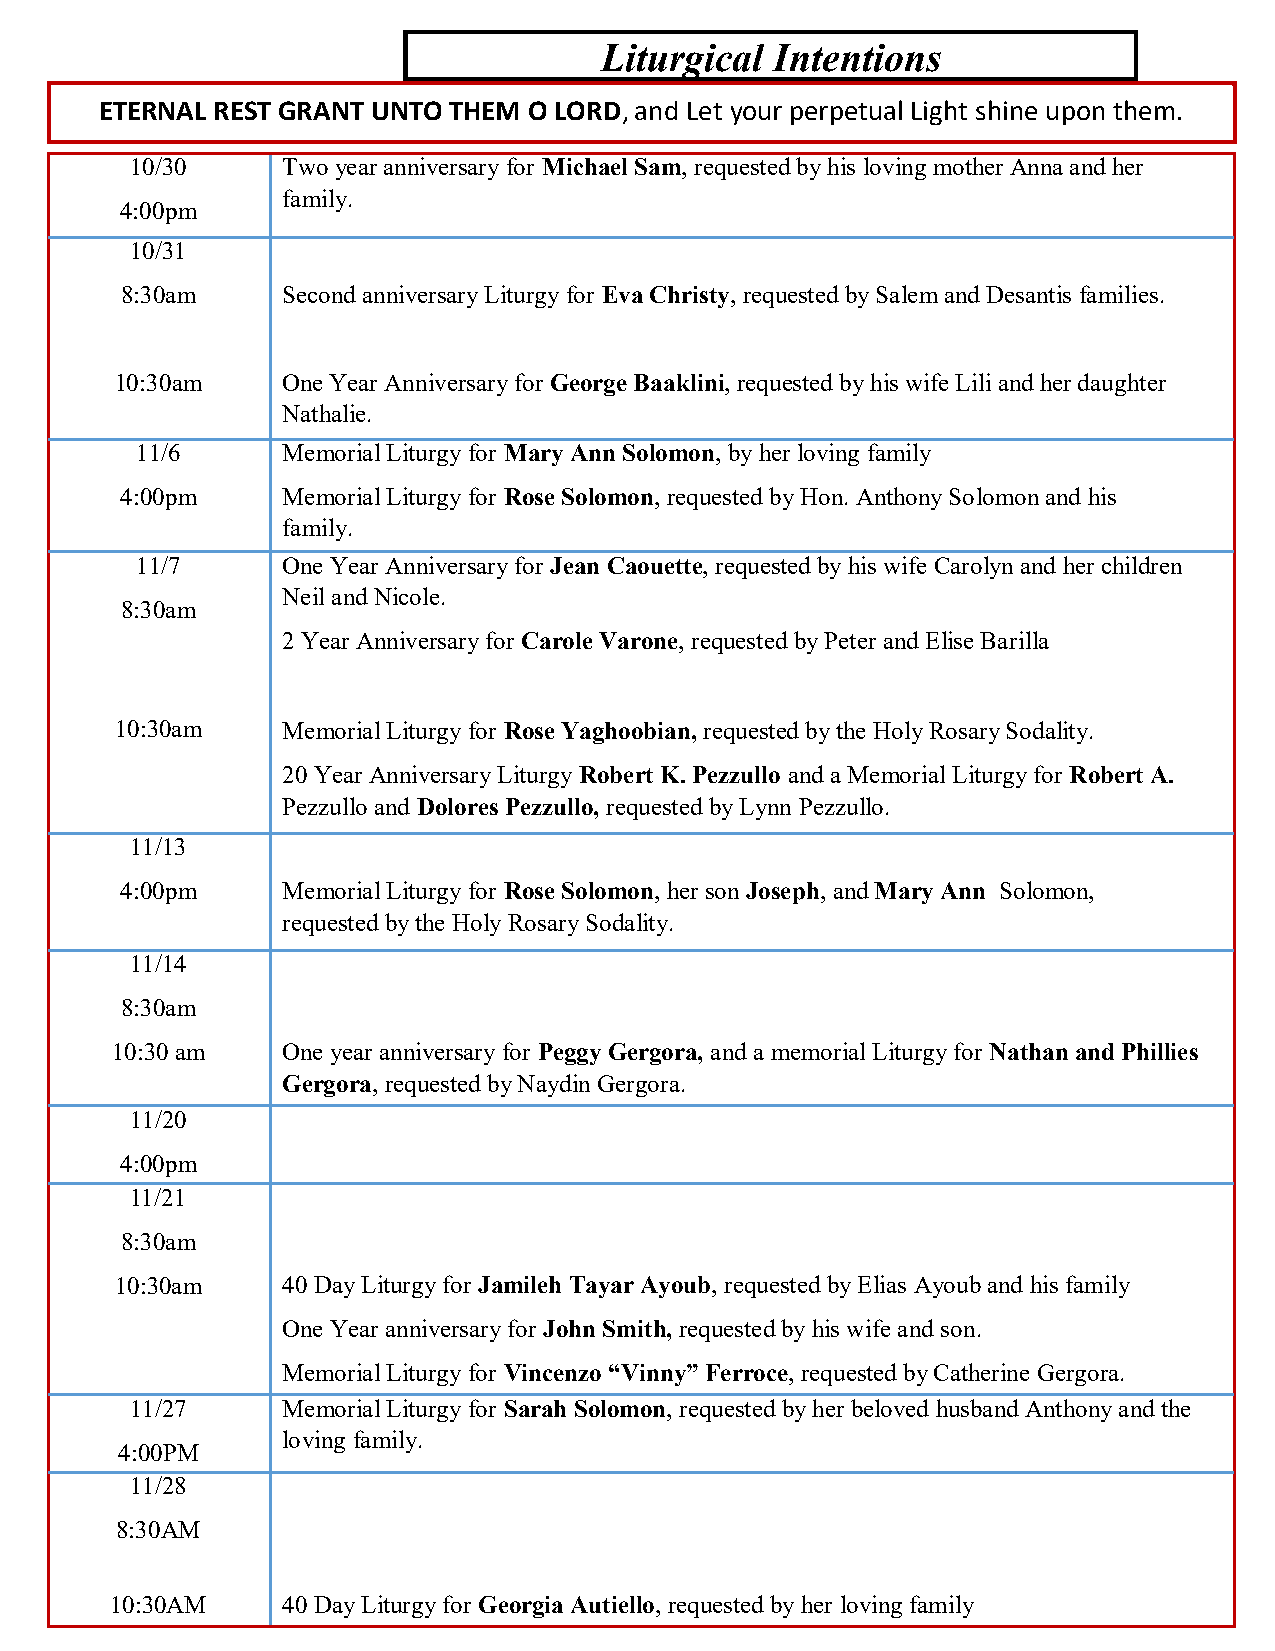
Liturgical Intentions
 ETERNAL REST GRANT UNTO THEM O LORD, and Let your perpetual Light shine upon them.
 10/30     Two year anniversary for Michael Sam, requested by his loving mother Anna and her
 family.
 4:00pm
 10/31
 8:30am     Second anniversary Liturgy for Eva Christy, requested by Salem and Desantis families.
 10:30am    One Year Anniversary for George Baaklini, requested by his wife Lili and her daughter
 Nathalie.
 11/6      Memorial Liturgy for Mary Ann Solomon, by her loving family
 4:00pm     Memorial Liturgy for Rose Solomon, requested by Hon. Anthony Solomon and his
 family.
 11/7      One Year Anniversary for Jean Caouette, requested by his wife Carolyn and her children
 Neil and Nicole.
 8:30am
 2 Year Anniversary for Carole Varone, requested by Peter and Elise Barilla
 10:30am    Memorial Liturgy for Rose Yaghoobian, requested by the Holy Rosary Sodality.
 20 Year Anniversary Liturgy Robert K. Pezzullo and a Memorial Liturgy for Robert A.
 Pezzullo and Dolores Pezzullo, requested by Lynn Pezzullo.
 11/13
 4:00pm     Memorial Liturgy for Rose Solomon, her son Joseph, and Mary Ann Solomon,
 requested by the Holy Rosary Sodality.
 11/14
 8:30am
 10:30 am    One year anniversary for Peggy Gergora, and a memorial Liturgy for Nathan and Phillies
 Gergora, requested by Naydin Gergora.
 11/20
 4:00pm
 11/21
 8:30am
 10:30am    40 Day Liturgy for Jamileh Tayar Ayoub, requested by Elias Ayoub and his family
 One Year anniversary for John Smith, requested by his wife and son.
 Memorial Liturgy for Vincenzo “Vinny” Ferroce, requested by Catherine Gergora.
 11/27     Memorial Liturgy for Sarah Solomon, requested by her beloved husband Anthony and the
 loving family.
 4:00PM
 11/28
 8:30AM
 10:30AM     40 Day Liturgy for Georgia Autiello, requested by her loving family